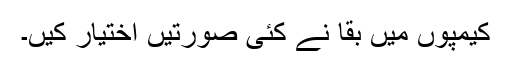
کیمپوں میں بقا نے کئی صورتیں اختیار کیں۔